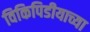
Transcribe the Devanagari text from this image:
विकिपिडीयाच्या